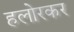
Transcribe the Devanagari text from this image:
हलोरकर